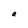
Character: a